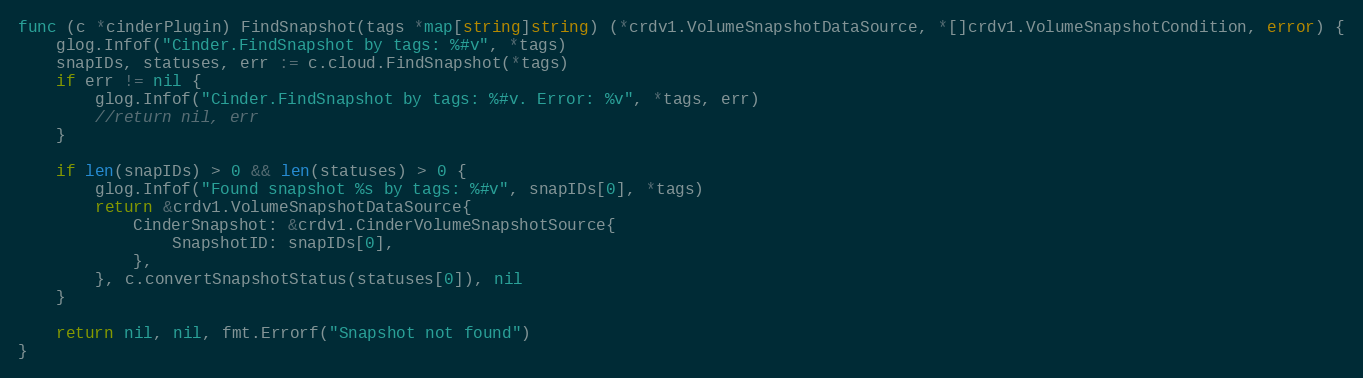
Language: Go
func (c *cinderPlugin) FindSnapshot(tags *map[string]string) (*crdv1.VolumeSnapshotDataSource, *[]crdv1.VolumeSnapshotCondition, error) {
	glog.Infof("Cinder.FindSnapshot by tags: %#v", *tags)
	snapIDs, statuses, err := c.cloud.FindSnapshot(*tags)
	if err != nil {
		glog.Infof("Cinder.FindSnapshot by tags: %#v. Error: %v", *tags, err)
		//return nil, err
	}

	if len(snapIDs) > 0 && len(statuses) > 0 {
		glog.Infof("Found snapshot %s by tags: %#v", snapIDs[0], *tags)
		return &crdv1.VolumeSnapshotDataSource{
			CinderSnapshot: &crdv1.CinderVolumeSnapshotSource{
				SnapshotID: snapIDs[0],
			},
		}, c.convertSnapshotStatus(statuses[0]), nil
	}

	return nil, nil, fmt.Errorf("Snapshot not found")
}